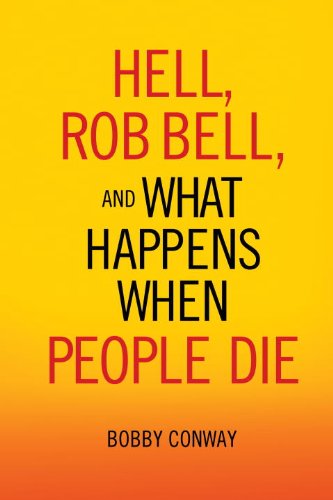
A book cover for Hell, Rob Bell, and What Happens When People Die; Bobby Conway; Christian Books & Bibles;